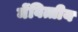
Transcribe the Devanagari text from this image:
मेंवित्तीय